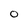
Character: O